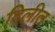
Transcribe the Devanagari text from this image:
दिलीत